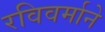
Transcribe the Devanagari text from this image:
रविवर्माने